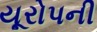
યૂરોપની